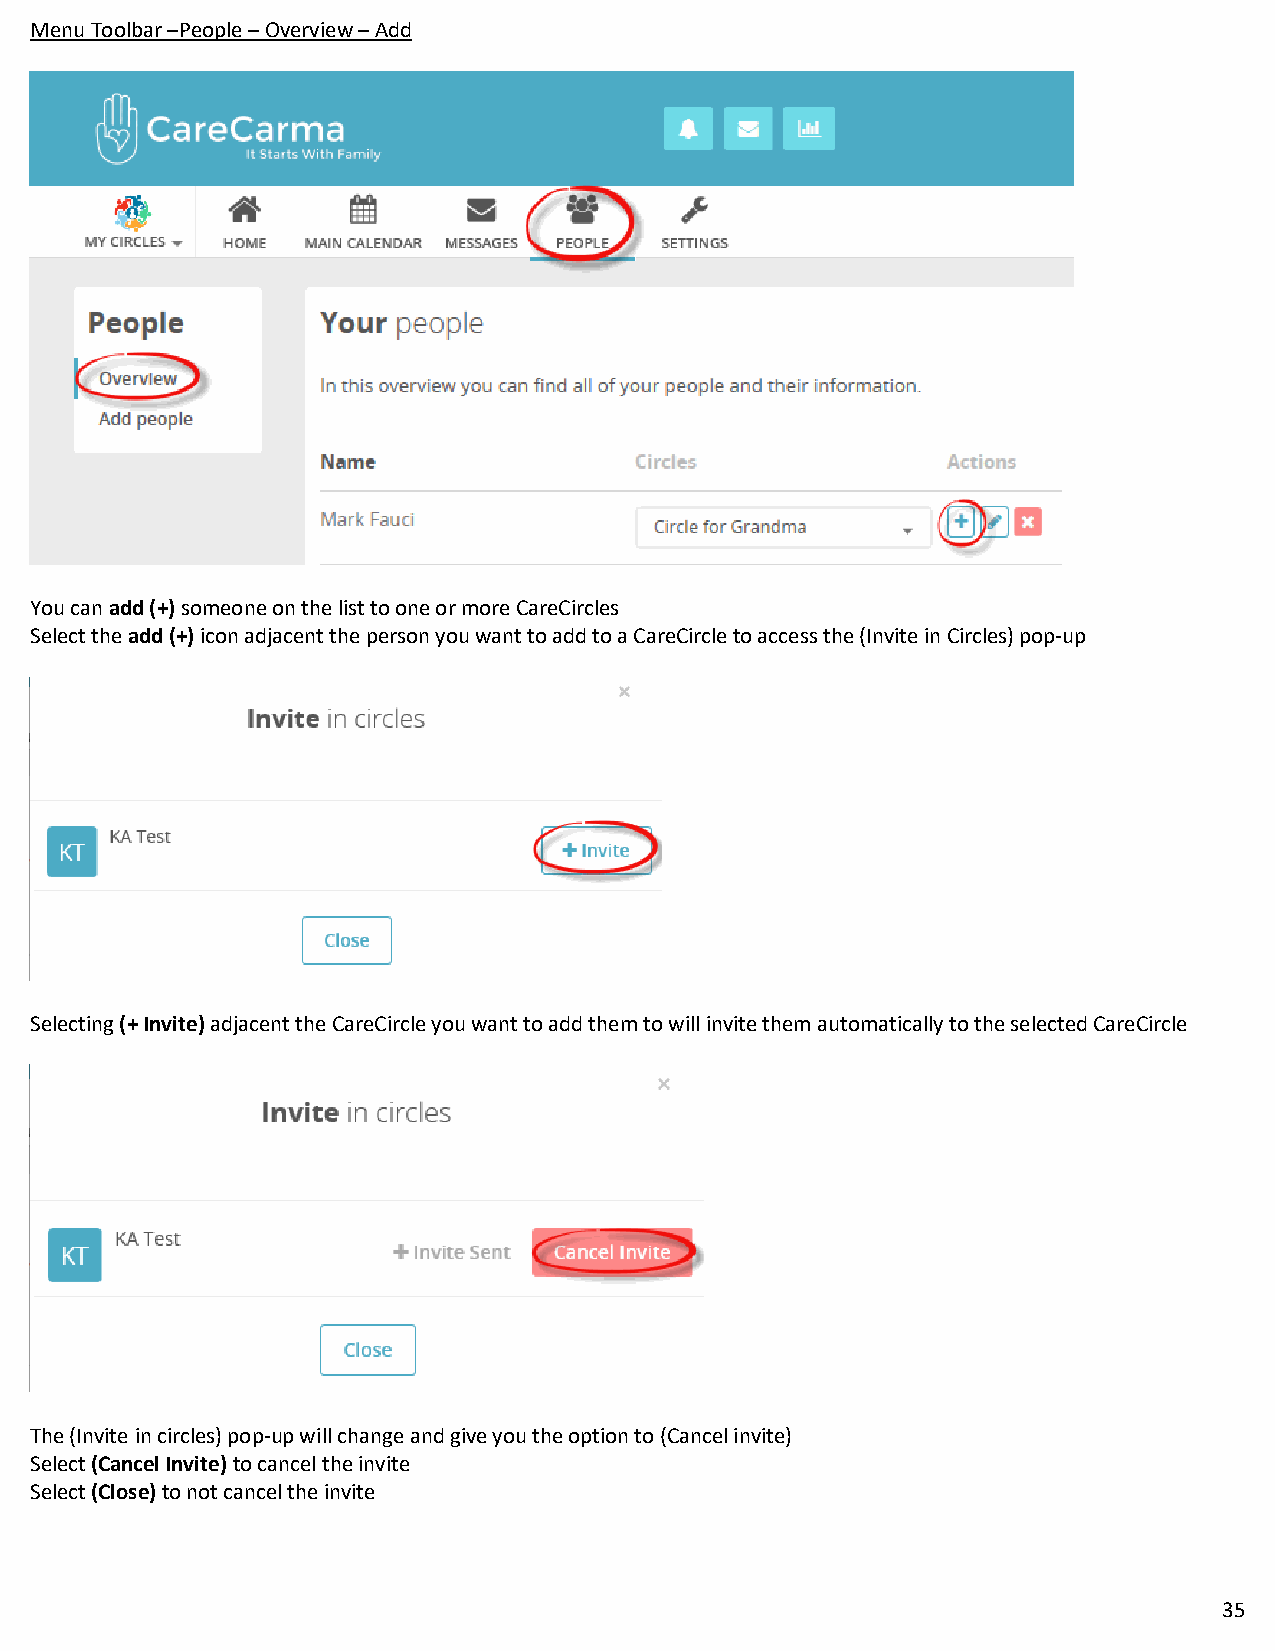
Menu Toolbar –People – Overview – Add
 You can add (+) someone on the list to one or more CareCircles
 Select the add (+) icon adjacent the person you want to add to a CareCircle to access the (Invite in Circles) pop-up
 Selecting (+ Invite) adjacent the CareCircle you want to add them to will invite them automatically to the selected CareCircle
 The (Invite in circles) pop-up will change and give you the option to (Cancel invite)
 Select (Cancel Invite) to cancel the invite
 Select (Close) to not cancel the invite
 35